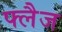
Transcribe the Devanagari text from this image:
फ्लैज